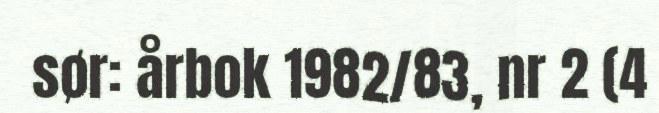
sør: årbok 1982/83, nr 2 (4